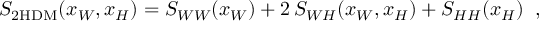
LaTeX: S _ { \mathrm { 2 H D M } } ( x _ { W } , x _ { H } ) = S _ { W W } ( x _ { W } ) + 2 \, S _ { W H } ( x _ { W } , x _ { H } ) + S _ { H H } ( x _ { H } ) \; \; ,